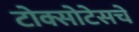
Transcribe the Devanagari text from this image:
टोक्सोटेसचे